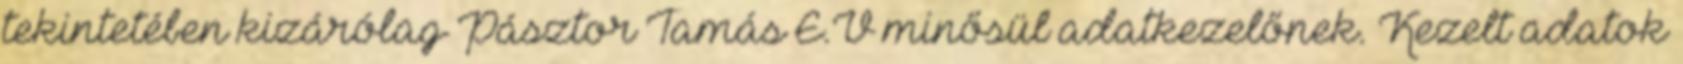
tekintetében kizárólag Pásztor Tamás E.V minősül adatkezelőnek. Kezelt adatok